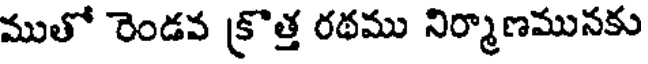
ముతో రెండవ క్రొత్త రథము నిర్మాణమునకు